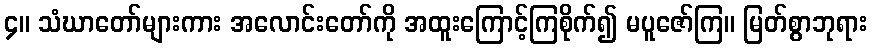
၄။ သံဃာတော်များကား အလောင်းတော်ကို အထူးကြောင့်ကြစိုက်၍ မပူဇော်ကြ။ မြတ်စွာဘုရား